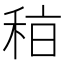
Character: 𥞞